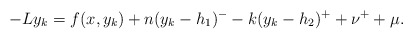
\begin{align*}-Ly_{k}=f(x, y_{k})+n(y_{k}-h_{1})^{-}-k(y_{k}-h_{2})^{+}+\nu^{+}+\mu.\end{align*}